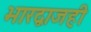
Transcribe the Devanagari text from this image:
भारद्वाजही